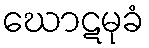
ဃောဋမုခံ